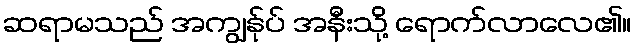
ဆရာမသည် အကျွန်ုပ် အနီးသို့ ရောက်လာလေ၏။